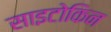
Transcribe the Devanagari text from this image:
साइटोकिन